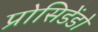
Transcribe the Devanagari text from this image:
प्रोसिडेंडो